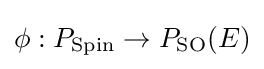
\phi :P_{\operatorname {Spin} }\rightarrow P_{\operatorname {SO} }(E)